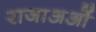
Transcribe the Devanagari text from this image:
राजाअओं